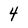
Character: 4